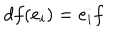
d f ( e _ { i } ) = e _ { i } f